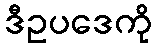
ဒီဥပဒေကို